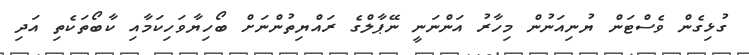
ގުޅިގެން ވެސްޓަން ޔުނިއަނުން މިހާރު އަންނަނީ ނޭޕާލްގެ ރައްޔިތުންނަށް ބޯހިޔާވަހިކަމާއި ކާބޯތަކެތި އަދި